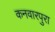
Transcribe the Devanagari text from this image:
कनवारपुरा